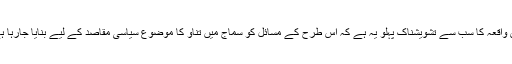
اس واقعہ کا سب سے تشویشناک پہلو یہ ہے کہ اس طرح کے مسائل کو سماج میں تناؤ کا موضوع سیاسی مقاصد کے لیے بنایا جارہا ہے۔